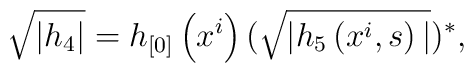
\sqrt{|h_4|}=h_{[0]}\left( x^i\right) (\sqrt{|h_5\left( x^i,s\right) |})^{*},